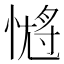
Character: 𭝹